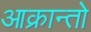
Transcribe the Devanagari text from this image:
आक्रान्तो